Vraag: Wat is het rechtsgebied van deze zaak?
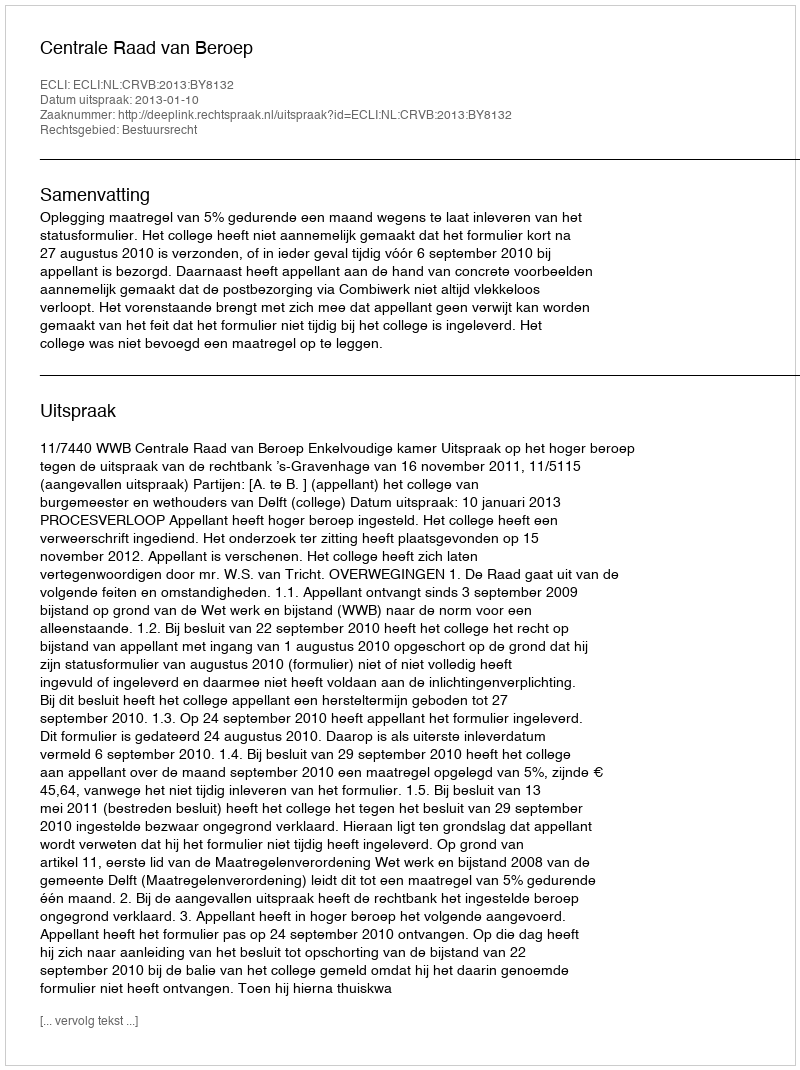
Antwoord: Bestuursrecht